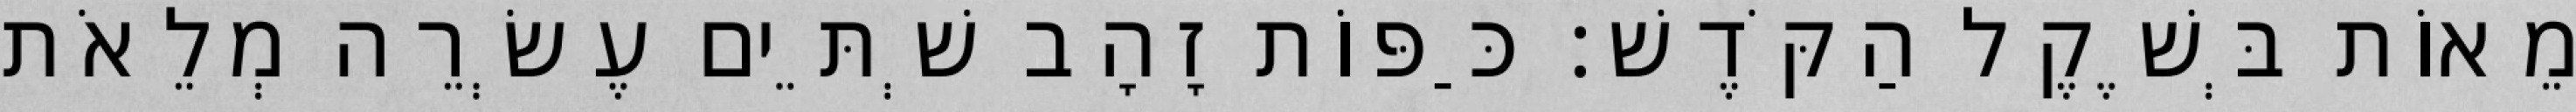
מֵאוֹת בְּשֶׁקֶל הַקֹּדֶשׁ׃ כַּפּוֹת זָהָב שְׁתֵּים עֶשְׂרֵה מְלֵאֹת